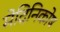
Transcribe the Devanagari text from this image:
मेदिनिकोष